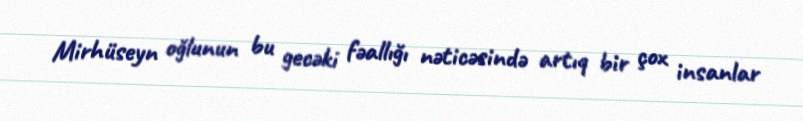
Mirhüseyn oğlunun bu gecəki fəallığı nəticəsində artıq bir çox insanlar